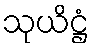
သုယိဋ္ဌံ